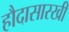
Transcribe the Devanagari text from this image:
हौदासारखी